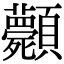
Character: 𩖎